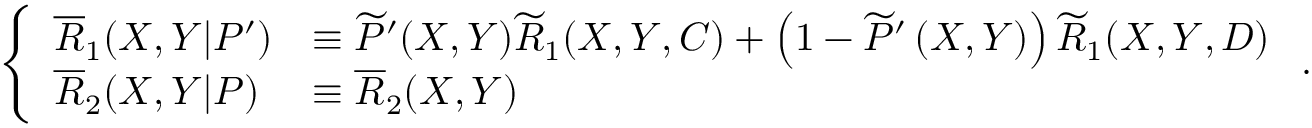
\left\{ \begin{array} { l l } { \overline { { R } } _ { 1 } ( X , Y | P ^ { \prime } ) } & { \equiv \widetilde { P } ^ { \prime } ( X , Y ) \widetilde { R } _ { 1 } ( X , Y , C ) + \left( 1 - \widetilde { P } ^ { \prime } \left( X , Y \right) \right) \widetilde { R } _ { 1 } ( X , Y , D ) } \\ { \overline { { R } } _ { 2 } ( X , Y | P ) } & { \equiv \overline { { R } } _ { 2 } ( X , Y ) } \end{array} \right. .